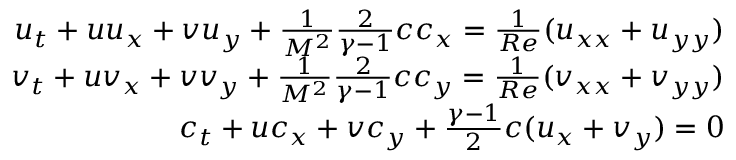
\begin{array} { r } { u _ { t } + u u _ { x } + v u _ { y } + \frac { 1 } { M ^ { 2 } } \frac { 2 } { \gamma - 1 } c c _ { x } = \frac { 1 } { R e } ( u _ { x x } + u _ { y y } ) } \\ { v _ { t } + u v _ { x } + v v _ { y } + \frac { 1 } { M ^ { 2 } } \frac { 2 } { \gamma - 1 } c c _ { y } = \frac { 1 } { R e } ( v _ { x x } + v _ { y y } ) } \\ { c _ { t } + u c _ { x } + v c _ { y } + \frac { \gamma - 1 } { 2 } c ( u _ { x } + v _ { y } ) = 0 } \end{array}